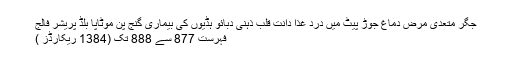
جگر متعدی مرض دماغ جوڑ پیٹ میں درد غذا دانت قلب ذہنی دبائو ہڈیوں کی بیماری گنج پن موٹاپا بلڈ پریشر فالج
فہرست 877 سے 888 تک (1384 ریکارڈز )